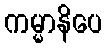
ကမ္မာနိပေ